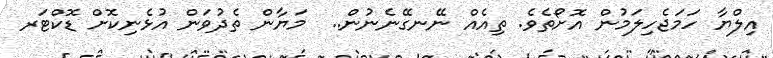
އިލްޔާ ހަމަޖެހިލަމުން އޮށޯތެވެ. ތިއެއް ނޭނގޭނެނުން..  މަޔާން ތެދުވަން އުޅެނިކޮށް ޑޮކްޓަރ